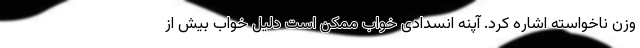
وزن ناخواسته اشاره کرد. آپنه انسدادی خواب ممکن است دلیل خواب بیش از